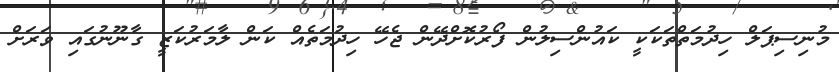
މުނިސިޕަލް ހިދުމަތްތަކަކީ ކައުންސިލުން ފޯރުކޮށްދޭން ޖެހޭ ހިދުމަތެއް ކަން ލާމަރުކަޒީ ގާނޫނުގައި ވަރަށް